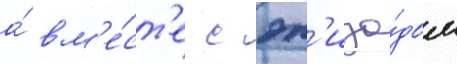
а́ вм'е́ст'е с эп'изо́дом